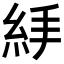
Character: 𥿙